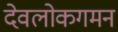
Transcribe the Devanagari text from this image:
देवलोकगमन